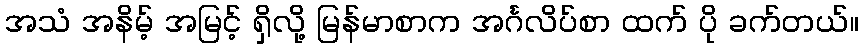
အသံ အနိမ့် အမြင့် ရှိလို့ မြန်မာစာက အင်္ဂလိပ်စာ ထက် ပို ခက်တယ်။